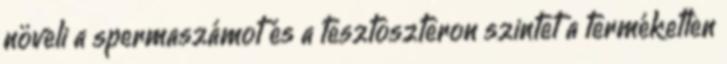
növeli a spermaszámot és a tesztoszteron szintet a terméketlen